Annual vaccination report of Bihar and Orissa - 1911-1928
Year: 1911
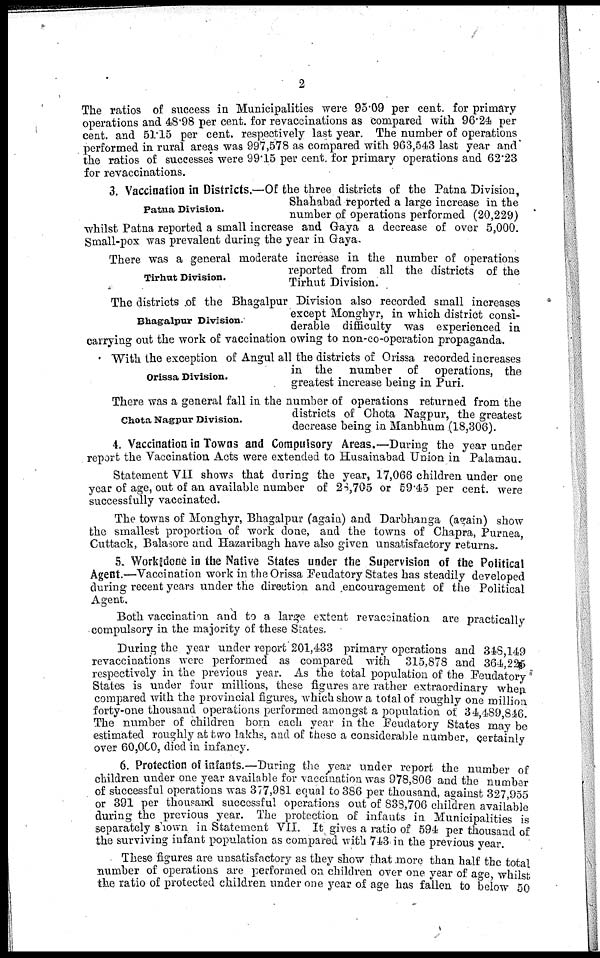
2
The ratios of success in Municipalities were 95.09 per cent. for primary
operations and 48.98 per cent. for revaccinations as compared with 96.24 per
cent. and 51.15 per cent. respectively last year. The number of operations
performed in rural areas was 997,578 as compared with 963,543 last year and
the ratios of successes were 99.15 per cent. for primary operations and 62.23
for revaccinations.
Patna Division.
3. Vaccination in Districts.—Of the three districts of the Patna Division,
Shahabad reported a large increase in the
number of operations performed (20,229)
whilst Patna reported a small increase and Gaya a decrease of over 5,000.
Small-pox was prevalent during the year in Gaya.
Tirhut Division.
There was a general moderate increase in the number of operations
reported from all the districts of the
Tirhut Division.
Bhagalpur Division.
The districts of the Bhagalpur Division also recorded small increases
except Monghyr, in which district consi-
derable difficulty was experienced in
carrying out the work of vaccination owing to non-co-operation propaganda.
Orissa Division.
With the exception of Angul all the districts of Orissa recorded increases
in the number of operations, the
greatest increase being in Puri.
Chota Nagpur Division.
There was a general fall in the number of operations returned from the
districts of Chota Nagpur, the greatest
decrease being in Manbhum (18,306).
4. Vaccination in Towns and Compulsory Areas.—During the year under
report the Vaccination Acts were extended to Husainabad Union in Palamau.
Statement VII shows that during the year, 17,066 children under one
year of age, out of an available number of 28,705 or 59.45 per cent. were
successfully vaccinated.
The towns of Monghyr, Bhagalpur (again) and Darbhanga (again) show
the smallest proportion of work done, and the towns of Chapra, Purnea
Cuttack, Balasore and Hazaribagh have also given unsatisfactory returns.
5. Work done in the Native States under the Supervision of the Political
Agent.—Vaccination work in the Orissa Feudatory States has steadily developed
during recent years under the direction and encouragement of the Political
Agent.
Both vaccination and to a large extent revaccination are practically
compulsory in the majority of these States.
During the year under report 201,433 primary operations and 348,149
revaccinations were performed as compared with 315,878 and 364,225
respectively in the previous year. As the total population of the Feudatory
States is under four millions, these figures are rather extraordinary when
compared with the provincial figures, which show a total of roughly one million
forty-one thousand operations performed amongst a population of 34,489,846.
The number of children born each year in the Feudatory States may be
estimated roughly at two lakhs, and of these a considerable number, certainly
over 60,000, died in infancy.
6. Protection of infants.—During the year under report the number of
children under one year available for vaccination was 978,806 and the number
of successful operations was 377,981 equal to 386 per thousand, against 327,955
or 391 per thousand successful operations out of 838,706 children available
during the previous year. The protection of infants in Municipalities is
separately shown in Statement VII. It gives a ratio of 594 per thousand of
the surviving infant population as compared with 743 in the previous year.
These figures are unsatisfactory as they show that more than half the total
number of operations are performed on children over one year of age whilst
the ratio of protected children under one year of age has fallen to below 50